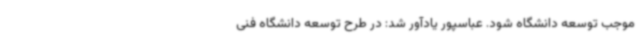
موجب توسعه دانشگاه شود. عباسپور یادآور شد: در طرح توسعه دانشگاه فنی